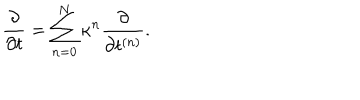
{ \frac { \partial } { \partial t } } = \sum _ { n = 0 } ^ { N } \kappa ^ { n } { \frac { \partial } { \partial t ^ { ( n ) } } } .